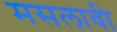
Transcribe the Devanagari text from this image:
मसलावी